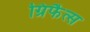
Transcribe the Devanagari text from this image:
ग्रिफैत्स